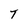
Character: T